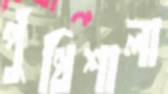
পুঁথিশালা